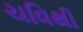
ચવિથી